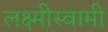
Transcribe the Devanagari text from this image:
लक्ष्मीस्वामी